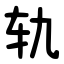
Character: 轨